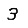
Digit: 3